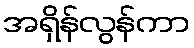
အရှိန်လွန်ကာ